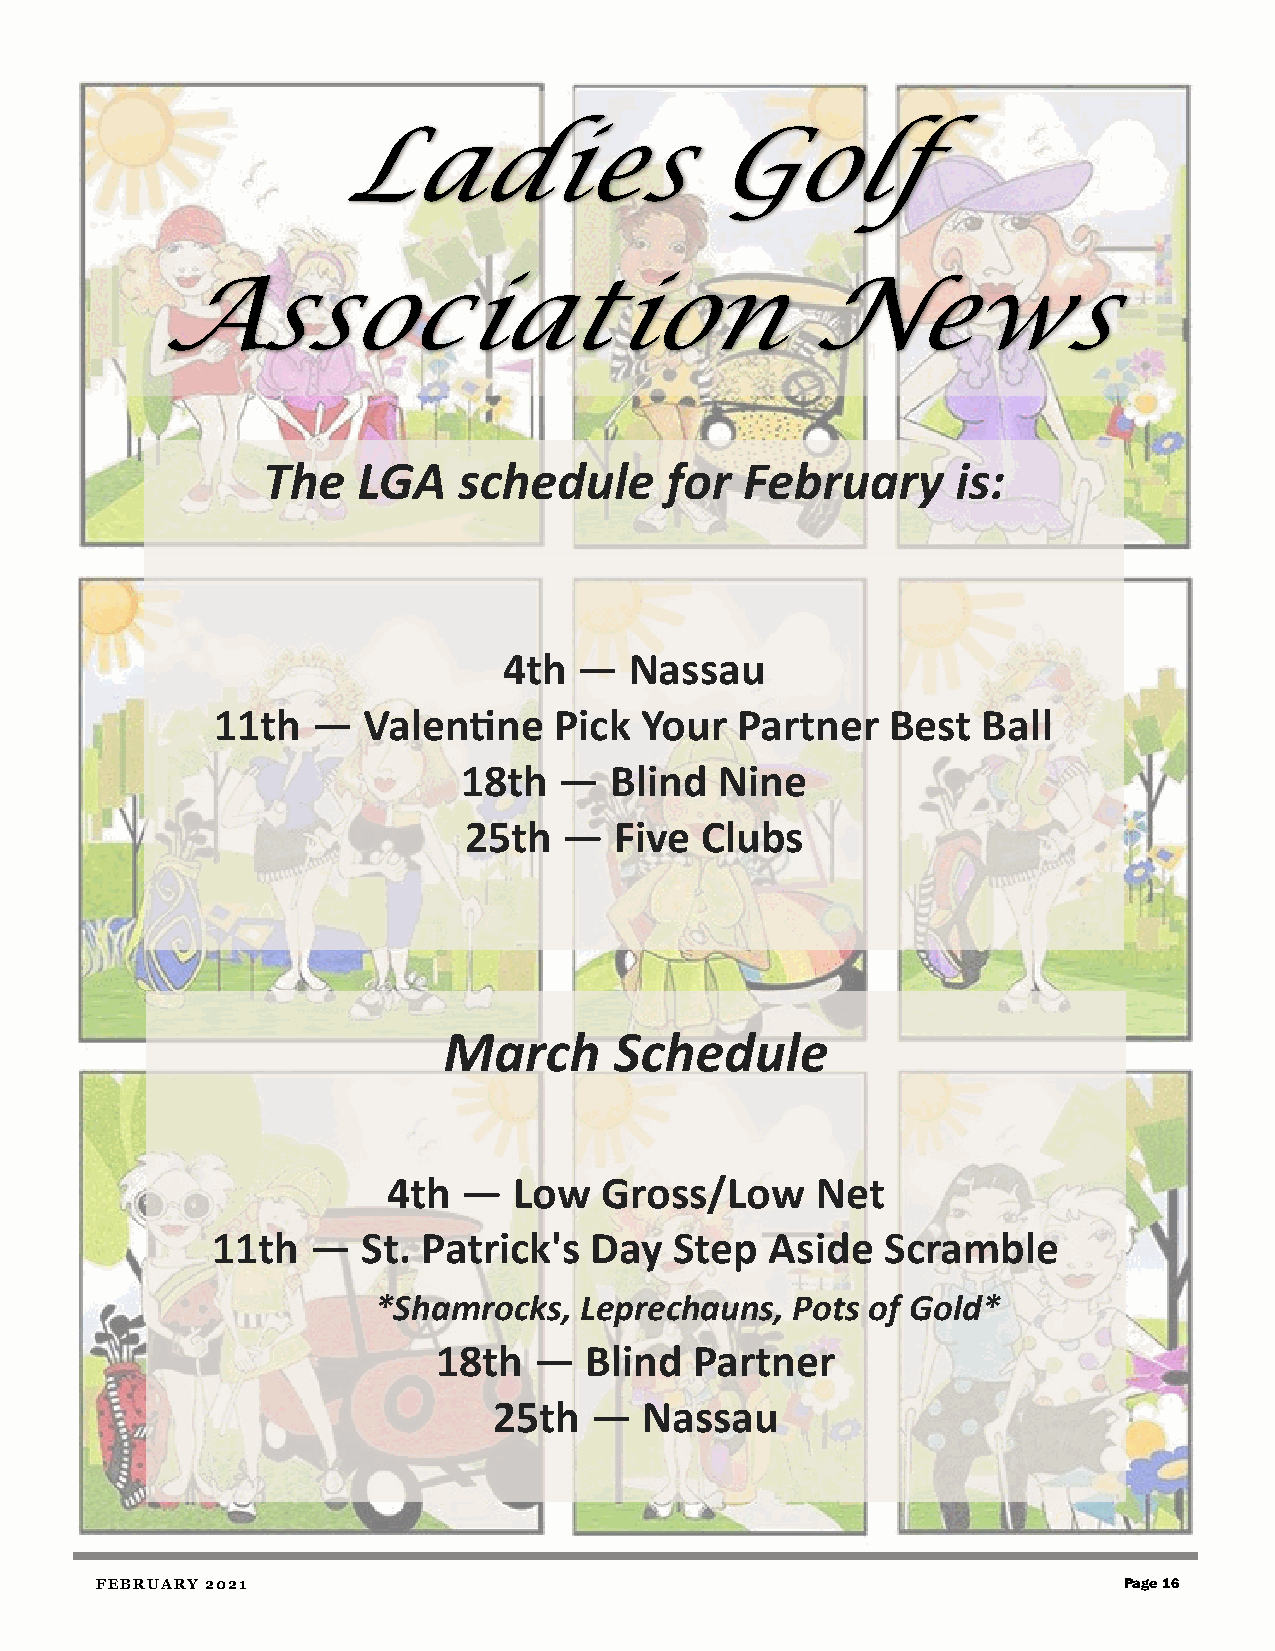
Ladies                   Golf
 Association                                News
 The    LGA   schedule      for  February      is:
 4th  —   Nassau
 11th   —  Valentine    Pick Your   Partner   Best  Ball
 18th  —  Blind   Nine
 25th  —   Five Clubs
 March       Schedule
 4th  —  Low   Gross/Low     Net
 11th  —   St. Patrick's  Day   Step  Aside   Scramble
 *Shamrocks,  Leprechauns,   Pots of Gold*
 18th  —   Blind  Partner
 25th  —   Nassau
 FEBRUARY 2021                                                       Page 16